Report of the King Institute of Preventive Medicine, Guindy
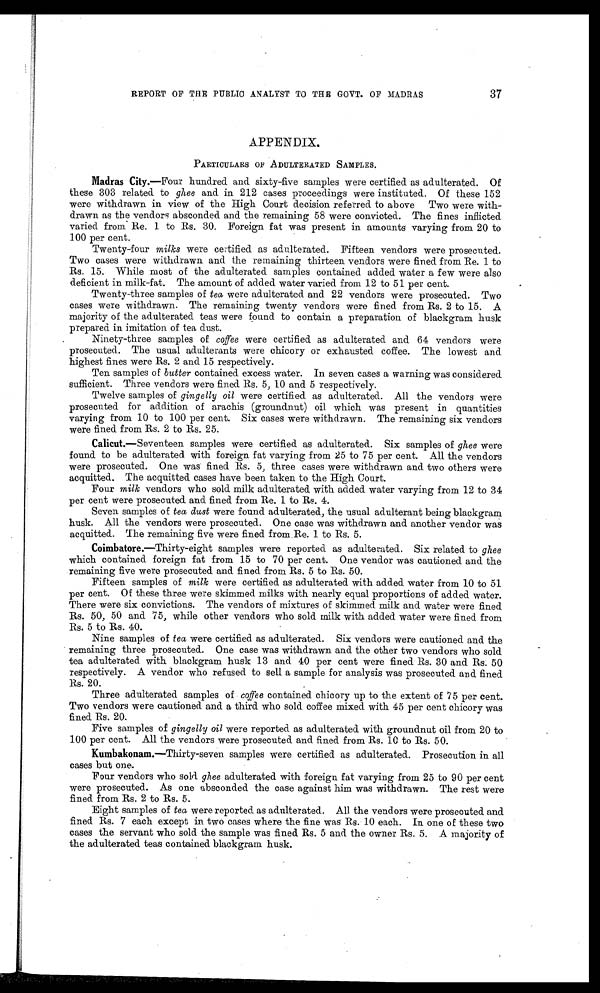
37
REPORT OF THE PUBLIC ANALYST TO THE GOVT. OF MADRAS
APPENDIX.
PARTICULARS OF ADULTERATED SAMPLES.
Madras City.— Four hundred and sixty-five samples were certified as adulterated. Of
these 303 related to ghee and in 212 cases proceedings were instituted. Of these 152
were withdrawn in view of the High Court decision referred to above Two were with--
drawn as the vendors absconded and the remaining 58 were convicted. The fines inflicted
varied from Re. 1 to Rs. 30. Foreign fat was present in amounts varying from 20 to
100 per cent.
Twenty-four milks were certified as adulterated. Fifteen vendors were prosecuted.
Two cases were withdrawn and the remaining thirteen vendors were fined from Re. 1 to
Rs. 15. While most of the adulterated samples contained added water a few were also
deficient in milk-fat. The amount of added water varied from 12 to 51 per cent.
Twenty-three samples of tea were adulterated and 22 vendors were prosecuted. Two
cases were withdrawn. The remaining twenty vendors were fined from Rs. 2 to 15. A
majority of the adulterated teas were found to contain a preparation of blackgram husk
prepared in imitation of tea dust.
Ninety-three samples of coffee were certified as adulterated and 64 vendors were
prosecuted. The usual adulterants were chicory or exhausted coffee. The lowest and
highest fines were Rs. 2 and 15 respectively.
Ten samples of butter contained excess water. In seven cases a warning was considered
sufficient. Three vendors were fined Rs. 5, 10 and 5 respectively.
Twelve samples of gingelly oil were certified as adulterated. All the vendors were
prosecuted for addition of arachis (groundnut) oil which was present in quantities
varying from 10 to 100 per cent. Six cases were withdrawn. The remaining six vendors
were fined from Rs. 2 to Rs. 25.
Calicut.— Seventeen samples were certified as adulterated. Six samples of ghee were
found to be adulterated with foreign fat varying from 25 to 75 per cent. All the vendors
were prosecuted. One was fined Rs. 5, three cases were withdrawn and two others were
acquitted. The acquitted cases have been taken to the High Court.
Four milk vendors who sold milk adulterated with added water varying from 12 to 34
per cent were prosecuted. and fined from Re. 1 to Rs. 4.
Seven samples of tea dust were found adulterated, the usual adulterant being blackgram
husk. All the vendors were prosecuted. One case was withdrawn and another vendor was
acquitted. The remaining five were fined from.Re. 1 to Rs. 5.
Coimbatore.—Thirty-eight samples were reported as adulterated. Six related to ghee
which contained foreign. fat from 15 to 70 per cent. One vendor was cautioned and the
remaining five were prosecuted and fined from Rs. 5 to Rs. 50.
Fifteen samples of milk were certified as adulterated with added water from 10 to 51
per cent. Of these three were skimmed milks with nearly equal proportions of added water.
There were six convictions. The vendors of mixtures of skimmed milk and water were fined
Rs. 50, 50 and 75, while other vendors who sold milk with added water were fined from
Rs. 5 to Rs. 40.
Nine samples of tea were certified as adulterated. Six vendors were cautioned and the
remaining three prosecuted. One case was withdrawn and the other two vendors who sold
tea adulterated with blackgram husk 13 and 40 per cent were fined Rs. 30 and Rs. 50
respectively. A vendor who refused to sell a sample for analysis was prosecuted and fined
Rs. 20.
Three adulterated samples of coffee contained chicory up to the extent of 75 per cent.
Two vendors were cautioned and a third who sold coffee mixed with 45 per cent chicory was
fined Rs. 20.
Five samples of gingelly oil were reported as adulterated with groundnut oil from 20 to
100 per cent. All the vendors were prosecuted and fined from Rs. 10 to Rs. 50.
Kumbakonam.—Thirty-seven samples were certified as adulterated. Prosecution in all
cases but one.
Four vendors who sold ghee adulterated with foreign fat varying from 25 to 90 per cent
were prosecuted. As one absconded the case against him was withdrawn. The rest were
fined from Rs. 2 to Rs. 5.
Eight samples of tea were reported as adulterated. All the vendors were prosecuted and
fined Rs. 7 each except in two cases where the fine was Rs. 10 each. In one of these two
cases the servant who sold the sample was fined Rs. 5 and the owner Rs. 5. A majority of
the adulterated teas contained blackgram husk.